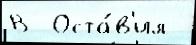
В  Оста́в'ил